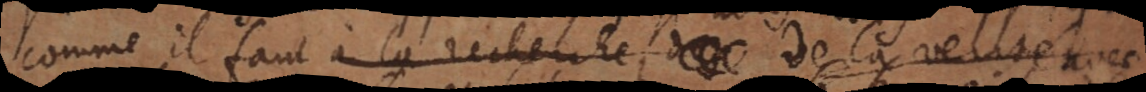
comme il faut à la recherche de la verité av